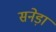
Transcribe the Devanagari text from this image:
सनेड़ा